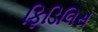
ફિડિલિસ